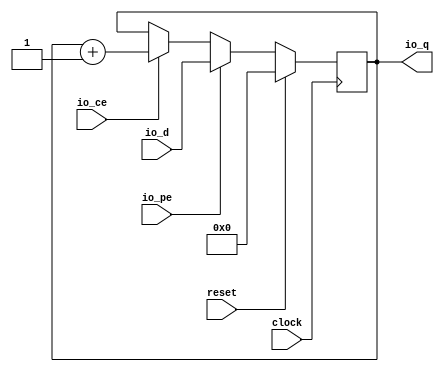
module MyCounter( // @[:@3.2]
  input        clock, // @[:@4.4]
  input        reset, // @[:@5.4]
  input  [7:0] io_d, // @[:@6.4]
  input        io_ce, // @[:@6.4]
  input        io_pe, // @[:@6.4]
  output [7:0] io_q // @[:@6.4]
);
  reg [7:0] cnt; // @[MyCounter.scala 15:20:@8.4]
  reg [31:0] _RAND_0;
  wire [8:0] _T_16; // @[MyCounter.scala 21:16:@15.8]
  wire [7:0] _T_17; // @[MyCounter.scala 21:16:@16.8]
  wire [7:0] _GEN_0; // @[MyCounter.scala 20:22:@14.6]
  wire [7:0] _GEN_1; // @[MyCounter.scala 18:16:@10.4]
  assign _T_16 = cnt + 8'h1; // @[MyCounter.scala 21:16:@15.8]
  assign _T_17 = cnt + 8'h1; // @[MyCounter.scala 21:16:@16.8]
  assign _GEN_0 = io_ce ? _T_17 : cnt; // @[MyCounter.scala 20:22:@14.6]
  assign _GEN_1 = io_pe ? io_d : _GEN_0; // @[MyCounter.scala 18:16:@10.4]
  assign io_q = cnt; // @[MyCounter.scala 16:8:@9.4]
`ifdef RANDOMIZE_GARBAGE_ASSIGN
`define RANDOMIZE
`endif
`ifdef RANDOMIZE_INVALID_ASSIGN
`define RANDOMIZE
`endif
`ifdef RANDOMIZE_REG_INIT
`define RANDOMIZE
`endif
`ifdef RANDOMIZE_MEM_INIT
`define RANDOMIZE
`endif
`ifndef RANDOM
`define RANDOM $random
`endif
`ifdef RANDOMIZE
  integer initvar;
  initial begin
    `ifdef INIT_RANDOM
      `INIT_RANDOM
    `endif
    `ifndef VERILATOR
      #0.002 begin end
    `endif
  `ifdef RANDOMIZE_REG_INIT
  _RAND_0 = {1{`RANDOM}};
  cnt = _RAND_0[7:0];
  `endif // RANDOMIZE_REG_INIT
  end
`endif // RANDOMIZE
  always @(posedge clock) begin
    if (reset) begin
      cnt <= 8'h0;
    end else begin
      if (io_pe) begin
        cnt <= io_d;
      end else begin
        if (io_ce) begin
          cnt <= _T_17;
        end
      end
    end
  end
endmodule